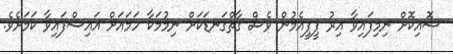
ސޮއިކޮށް ނިމިފައިވާ އިރު ޕީޕީއެމުން ވެސް ގާތްގަނޑަކަށް ނިމުމަކާ ހަމައަށް އައިސްފައިވާ ކަމަށެވެ.